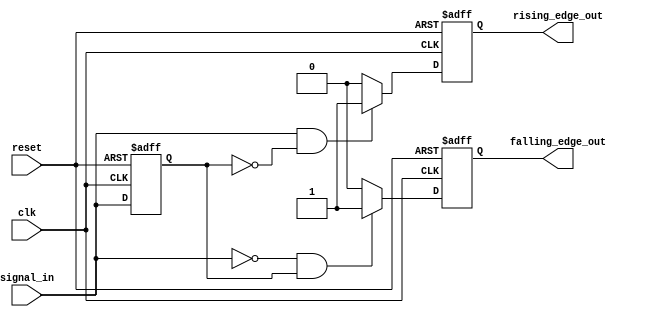
module pulse_edge_detector (
    input wire clk,           // Clock signal
    input wire reset,         // Reset signal (active high)
    input wire signal_in,     // Input signal
    output reg rising_edge_out, // Rising edge pulse output
    output reg falling_edge_out // Falling edge pulse output
);

    reg signal_in_d; // D flip-flop to store previous state of signal_in

    // Sequential logic to capture the previous state of signal_in
    always @(posedge clk or posedge reset) begin
        if (reset) begin
            signal_in_d <= 1'b0; // Initialize previous state to low on reset
        end else begin
            signal_in_d <= signal_in; // Store current state on clock edge
        end
    end

    // Combinational logic for edge detection
    always @(posedge clk or posedge reset) begin
        if (reset) begin
            rising_edge_out <= 1'b0;  // Reset rising edge pulse output
            falling_edge_out <= 1'b0; // Reset falling edge pulse output
        end else begin
            // Detect rising edge
            if (signal_in == 1'b1 && signal_in_d == 1'b0) begin
                rising_edge_out <= 1'b1;  // Generate rising edge pulse
            end else begin
                rising_edge_out <= 1'b0;  // Reset rising edge pulse
            end
            
            // Detect falling edge
            if (signal_in == 1'b0 && signal_in_d == 1'b1) begin
                falling_edge_out <= 1'b1;  // Generate falling edge pulse
            end else begin
                falling_edge_out <= 1'b0;  // Reset falling edge pulse
            end
        end
    end

endmodule